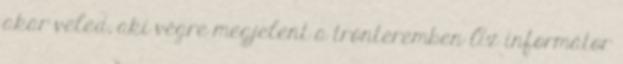
akar veled, aki végre megjelent a trónteremben Az informátor